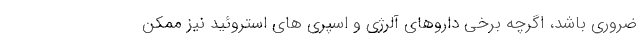
ضروری باشد، اگرچه برخی داروهای آلرژی و اسپری های استروئید نیز ممکن